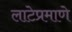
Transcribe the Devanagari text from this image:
लाटेप्रमाणे